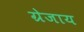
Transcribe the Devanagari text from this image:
ग्रेजाय